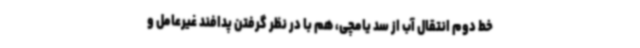
خط دوم انتقال آب از سد یامچی، هم با در نظر گرفتن پدافند غیرعامل و